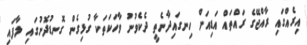
އިރެއްގައި ރާއްޖޭގެ ރައްތައް އަޑިއަށް ހިނގައިދާނެތީ ދެކެވުނު ވާހަކަތަކާ ގުޅިގެން ގޮނޑުދޮށުގައި ލާފައި